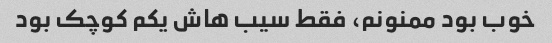
خوب بود ممنونم، فقط سیب هاش یکم کوچک بود